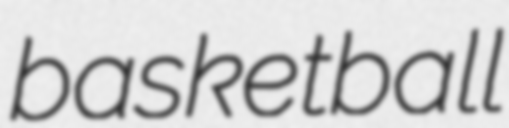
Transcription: basketball